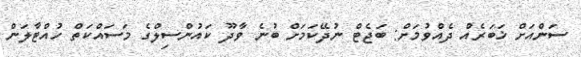
ސަންއަށް ޚަބަރެއް ދެއްވުމަށް: ބަޖެޓް ނުދޭކަމަށް ބުނެ ވާދޫ ކައުންސިލްގެ މަސައްކަތް ހުއްޓާލަން